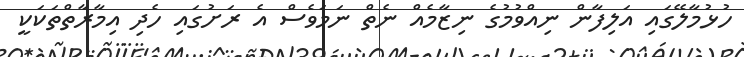
ހުޅުމާލޭގައި އަލިފާން ނިއްވުމުގެ ނިޒާމެއް ނެތް ނަމަވެސް އެ ރަށުގައި ހެދި އިމާރާތްތަކަކީ